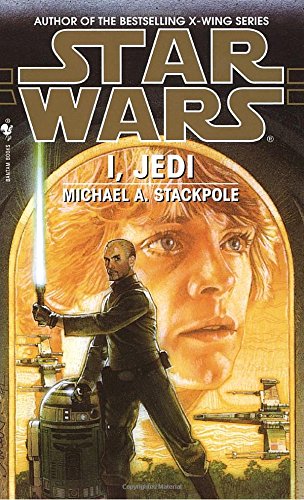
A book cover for I, Jedi (Star Wars); Michael A. Stackpole; Science Fiction & Fantasy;